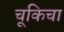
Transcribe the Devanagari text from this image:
चूकिचा